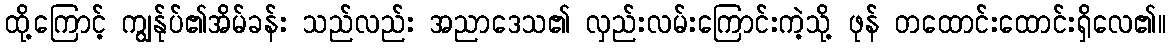
ထို့ကြောင့် ကျွန်ုပ်၏အိမ်ခန်း သည်လည်း အညာဒေသ၏ လှည်းလမ်းကြောင်းကဲ့သို့ ဖုန် တထောင်းထောင်းရှိလေ၏။